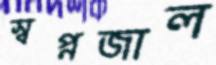
স্বপ্নজাল